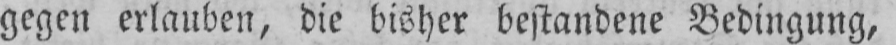
gegen erlauben, die bisher bestandene Bedingung,